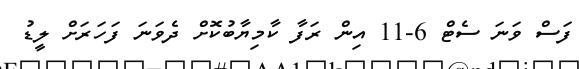
ފަސް ވަނަ ސެޓް 6-11 އިން ރަފާ ކާމިޔާބުކޮށް ދެވަނަ ފަހަރަށް ލީޑު